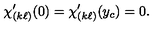
\chi _ { ( k \ell ) } ^ { \prime } ( 0 ) = \chi _ { ( k \ell ) } ^ { \prime } ( y _ { c } ) = 0 .